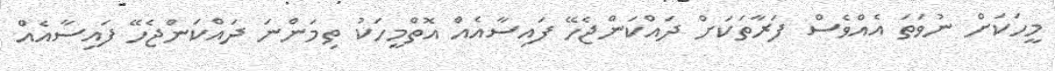
މީހަކަށް ނުވަތަ އެއްވެސް ފަރާތަކަށް ދައްކަންޖެހޭ ފައިސާއެއް އޮތްމީހަކު ތިމަންނަ ދައްކަންޖެހޭ ފައިސާއެއް